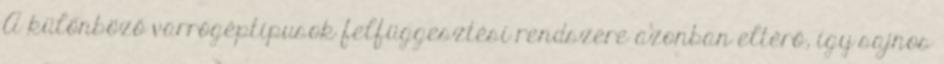
A különböző varrógéptípusok felfüggesztési rendszere azonban eltérő, így sajnos